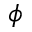
\phi